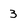
Character: 3